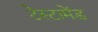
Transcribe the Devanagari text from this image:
टेस्टामेंड